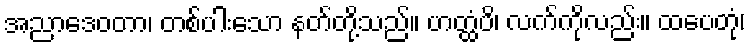
အညာဒေဝတာ၊ တစ်ပါးသော နတ်တို့သည်။ ဟတ္ထံပိ၊ လက်ကိုလည်း။ ထပေတုံ၊